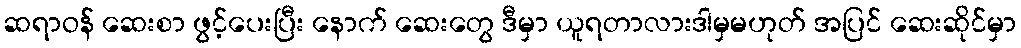
ဆရာဝန် ဆေးစာ ဖွင့်ပေးပြီး နောက် ဆေးတွေ ဒီမှာ ယူရတာလားဒါမှမဟုတ် အပြင် ဆေးဆိုင်မှာ